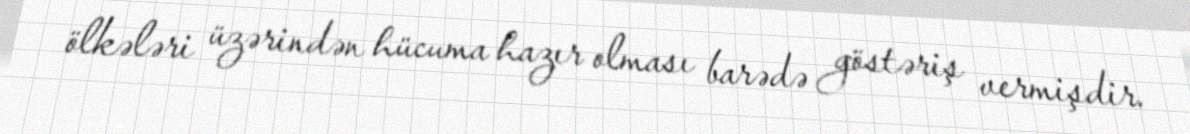
ölkələri üzərindən hücuma hazır olması barədə göstəriş vermişdir.